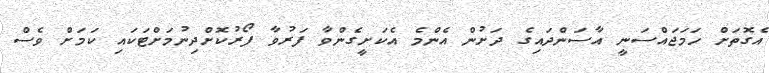
އެގޮތަށް ހަމަޖައްސަނީ އާސަންދައިގެ ދަށުން އެންމެ އެކަށީގެންވާ ފަރުވާ ފޯރުކޮށްދިނުމަށްޓަކައި ކަމަށް ވެސް